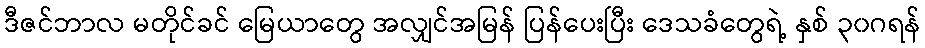
ဒီဇင်ဘာလ မတိုင်ခင် မြေယာတွေ အလျှင်အမြန် ပြန်ပေးပြီး ဒေသခံတွေရဲ့ နှစ် ၃၀ဂရန်